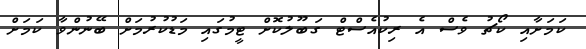
ކަމަށާއި ކޯޗު ވެސް އެ ރިކުއެސްޓް ގަބޫލުކޮށް ޓީމުގައި މަޑުކުރުމަށް ބޭނުންވާ ކަމަށް